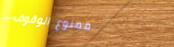
ممنوع الوقوف